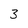
Character: 3